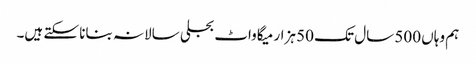
ہم وہاں 500 سال تک 50 ہزار میگاواٹ بجلی سالانہ بنانا سکتے ہیں۔